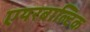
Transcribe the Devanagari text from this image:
एयरबाल्टिक